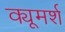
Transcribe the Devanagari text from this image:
क्यूमर्श